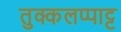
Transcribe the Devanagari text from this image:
तुक्कलप्पाट्ट